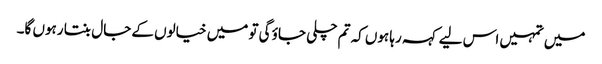
میں تمہیں اس لیے کہہ رہا ہوں کہ تم چلی جاؤ گی تو میں خیالوں کے جال بنتا رہوں گا۔